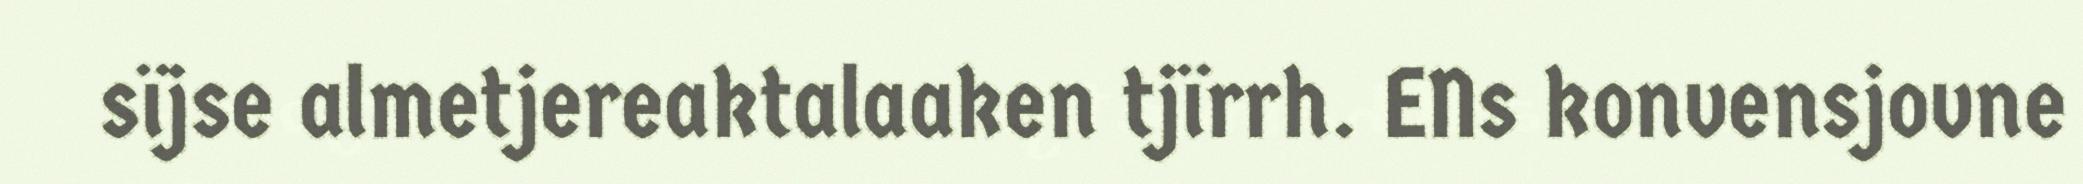
sïjse almetjereaktalaaken tjïrrh. ENs konvensjovne